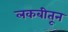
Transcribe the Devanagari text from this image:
लकबीतून